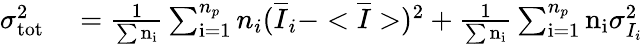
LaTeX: \begin{array}{rl}{\sigma_{\mathrm{tot}}^{2}}&{{}=\frac{1}{\sum{\mathrm{n_{i}}}}\sum_{\mathrm{i=1}}^{n_{p}}n_{i}(\overline{{I}}_{i}-<\overline{{I}}>)^{2}+\frac{1}{\sum{\mathrm{n_{i}}}}\sum_{\mathrm{i=1}}^{n_{p}}\mathrm{n_{i}}\sigma_{I_{i}}^{2}}\end{array}